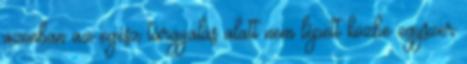
azonban az egész tárgyalás alatt nem lépett közbe egyszer